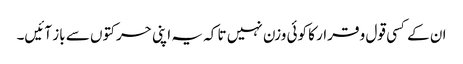
ان کے کسی قول و قرار کا کوئی وزن نہیں تا کہ یہ اپنی حرکتوں سے باز آئیں۔